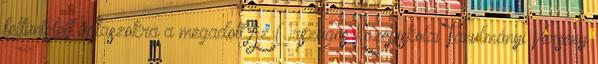
feltüntetett válaszokra a megadott Az Országos Középiskolai Tanulmányi Verseny